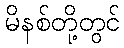
မိနစ်တို့တွင်